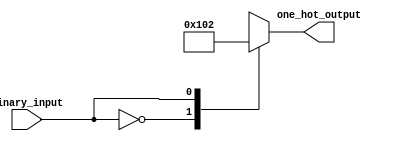
module encoder(
    input binary_input,
    output [7:0] one_hot_output
);

always @(*) begin
    case(binary_input)
        3'b000 : one_hot_output = 8'b00000001;
        3'b001 : one_hot_output = 8'b00000010;
        3'b010 : one_hot_output = 8'b00000100;
        3'b011 : one_hot_output = 8'b00001000;
        3'b100 : one_hot_output = 8'b00010000;
        3'b101 : one_hot_output = 8'b00100000;
        3'b110 : one_hot_output = 8'b01000000;
        3'b111 : one_hot_output = 8'b10000000;
        default : one_hot_output = 8'b00000000;
    endcase
end

endmodule